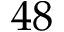
4 8